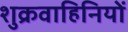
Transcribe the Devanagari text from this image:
शुक्रवाहिनियों